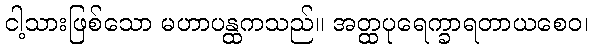
ငါ့သားဖြစ်သော မဟာပန္ထကသည်။ အတ္ထပုရေက္ခာရတာယစေဝ၊